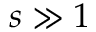
s \gg 1